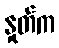
နှုတ်က